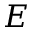
E